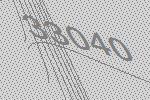
33040